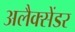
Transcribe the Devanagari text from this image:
अलैक्सेंडर